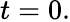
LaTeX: t=0.